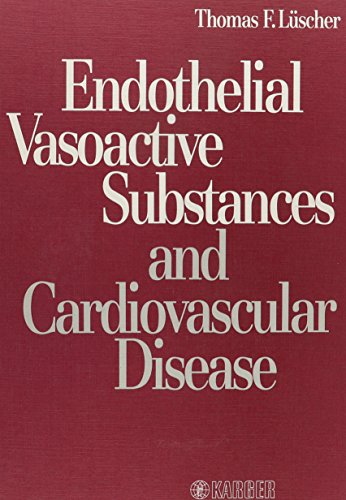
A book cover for Endothelial Vasoactive Substances and Cardiovascular Disease; T.F. LÃ¼scher; Medical Books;